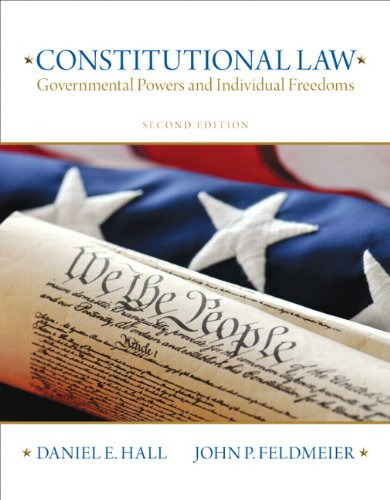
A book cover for Constitutional Law: Governmental Powers and Individual Freedoms (2nd Edition); Daniel E. Hall J.D.  Ed.D.; Law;